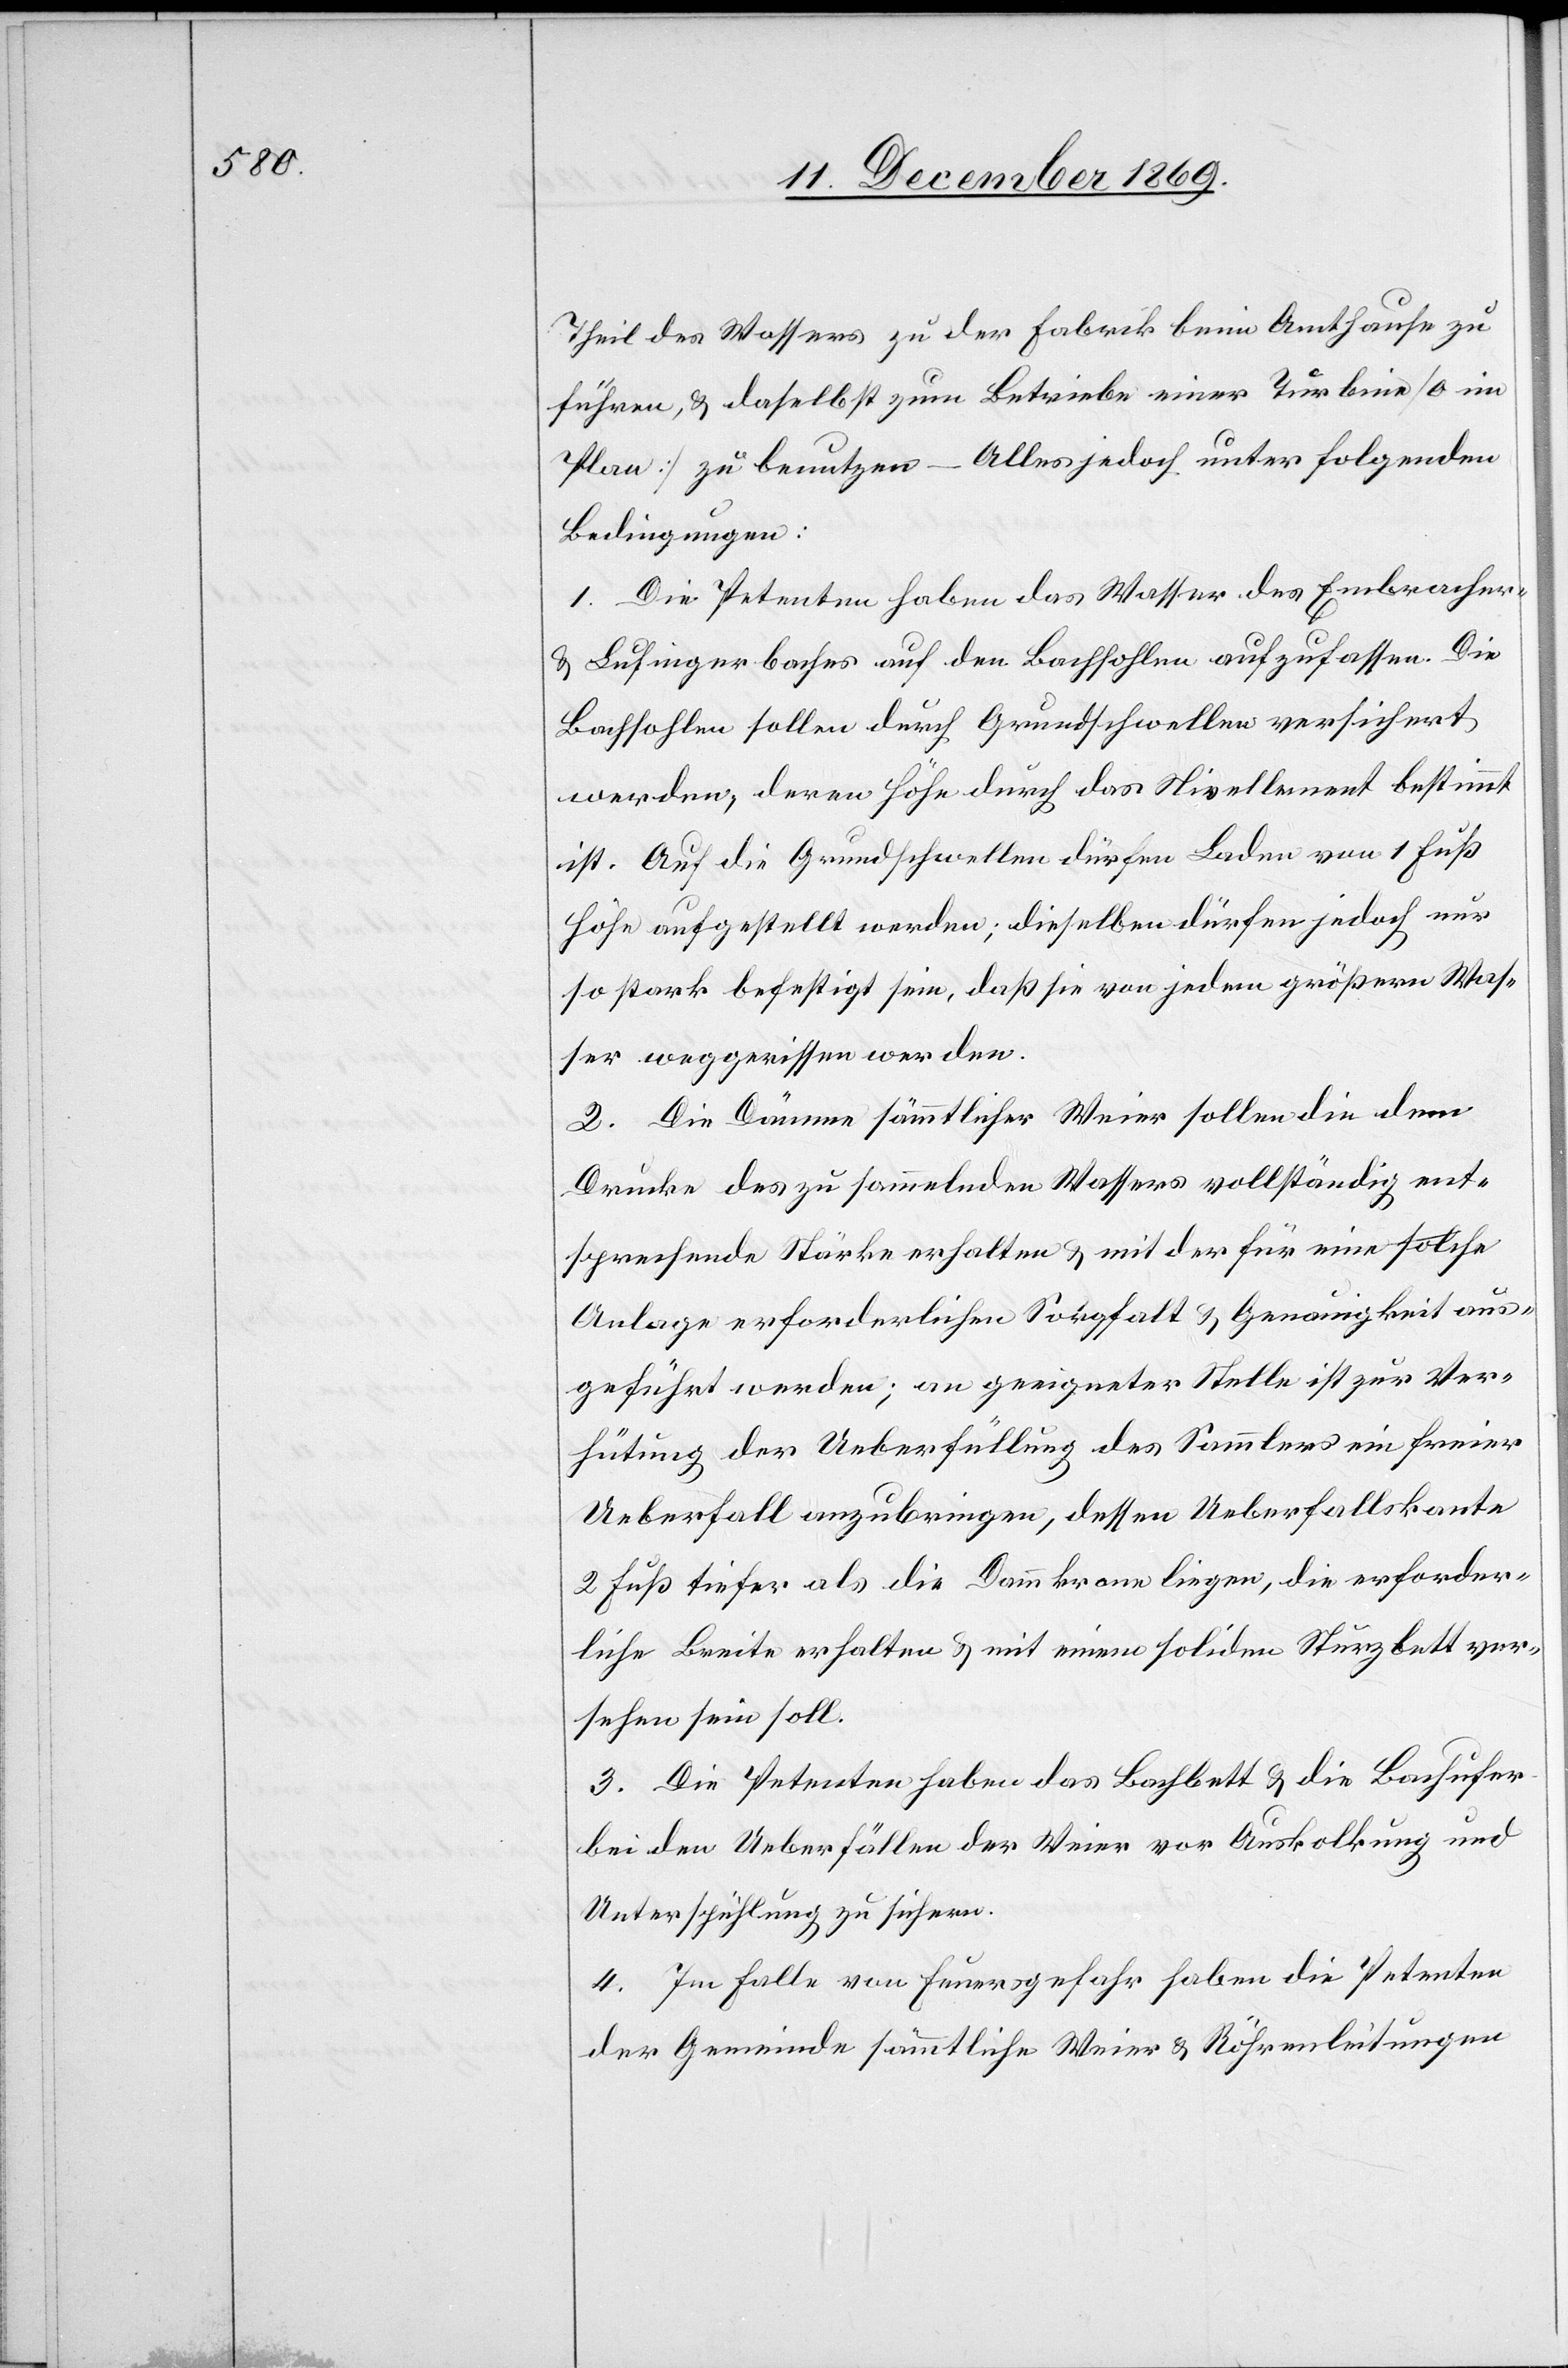
Theil des Wassers zu der Fabrik beim Amthause zu
führen, & daselbst zum Betriebe einer Turbine [o im
Plan] zu benutzen – Alles jedoch unter folgenden
Bedingungen:
1. Die Petenten haben das Wasser des Embracher-
& Lufingerbaches auf den Bachsohlen aufzufassen. Die
Bachsohlen sollen durch Grundschwellen versichert
werden, deren Höhe durch das Nivellement bestimmt
ist. Auf die Grundschwellen dürfen Laden von 1 Fuß
Höhe aufgestellt werden; dieselben dürfen jedoch nur
so stark befestigt sein, daß sie von jedem größern Was¬
ser weggerissen werden.
2. Die Dämme sämmtlicher Weier sollen die dem
Drucke des zu sammelnden Wassers vollständig ent¬
sprechende Stärke erhalten & mit der für eine solche
Anlage erforderlichen Sorgfalt & Genauigkeit aus¬
geführt werden; an geeigneter Stelle ist zur Ver¬
hütung der Ueberfüllung des Sammlers ein freier
Ueberfall anzubringen, dessen Ueberfallskante
2 Fuß tiefer als die Dammkrone liegen, die erforder¬
liche Breite erhalten & mit einem soliden Sturzbett ver¬
sehen sein soll.
3. Die Petenten haben das Bachbett & die Bachufer
bei den Ueberfällen der Weier vor Auskolkung und
Unterspühlung zu sichern.
4. Im Falle von Feuersgefahr haben die Petenten
der Gemeinde sämmtliche Weier & Röhrenleitungen